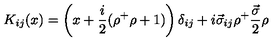
K _ { i j } ( x ) = \left( x + \frac { i } { 2 } ( \rho ^ { + } \rho + 1 ) \right) \delta _ { i j } + i \vec { \sigma } _ { i j } \rho ^ { + } \frac { \vec { \sigma } } { 2 } \rho